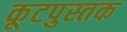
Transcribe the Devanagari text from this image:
कूटपुस्तक